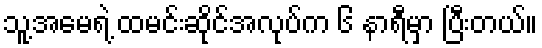
သူ့အမေရဲ့ ထမင်းဆိုင်အလုပ်က ၆ နာရီမှာ ပြီးတယ်။